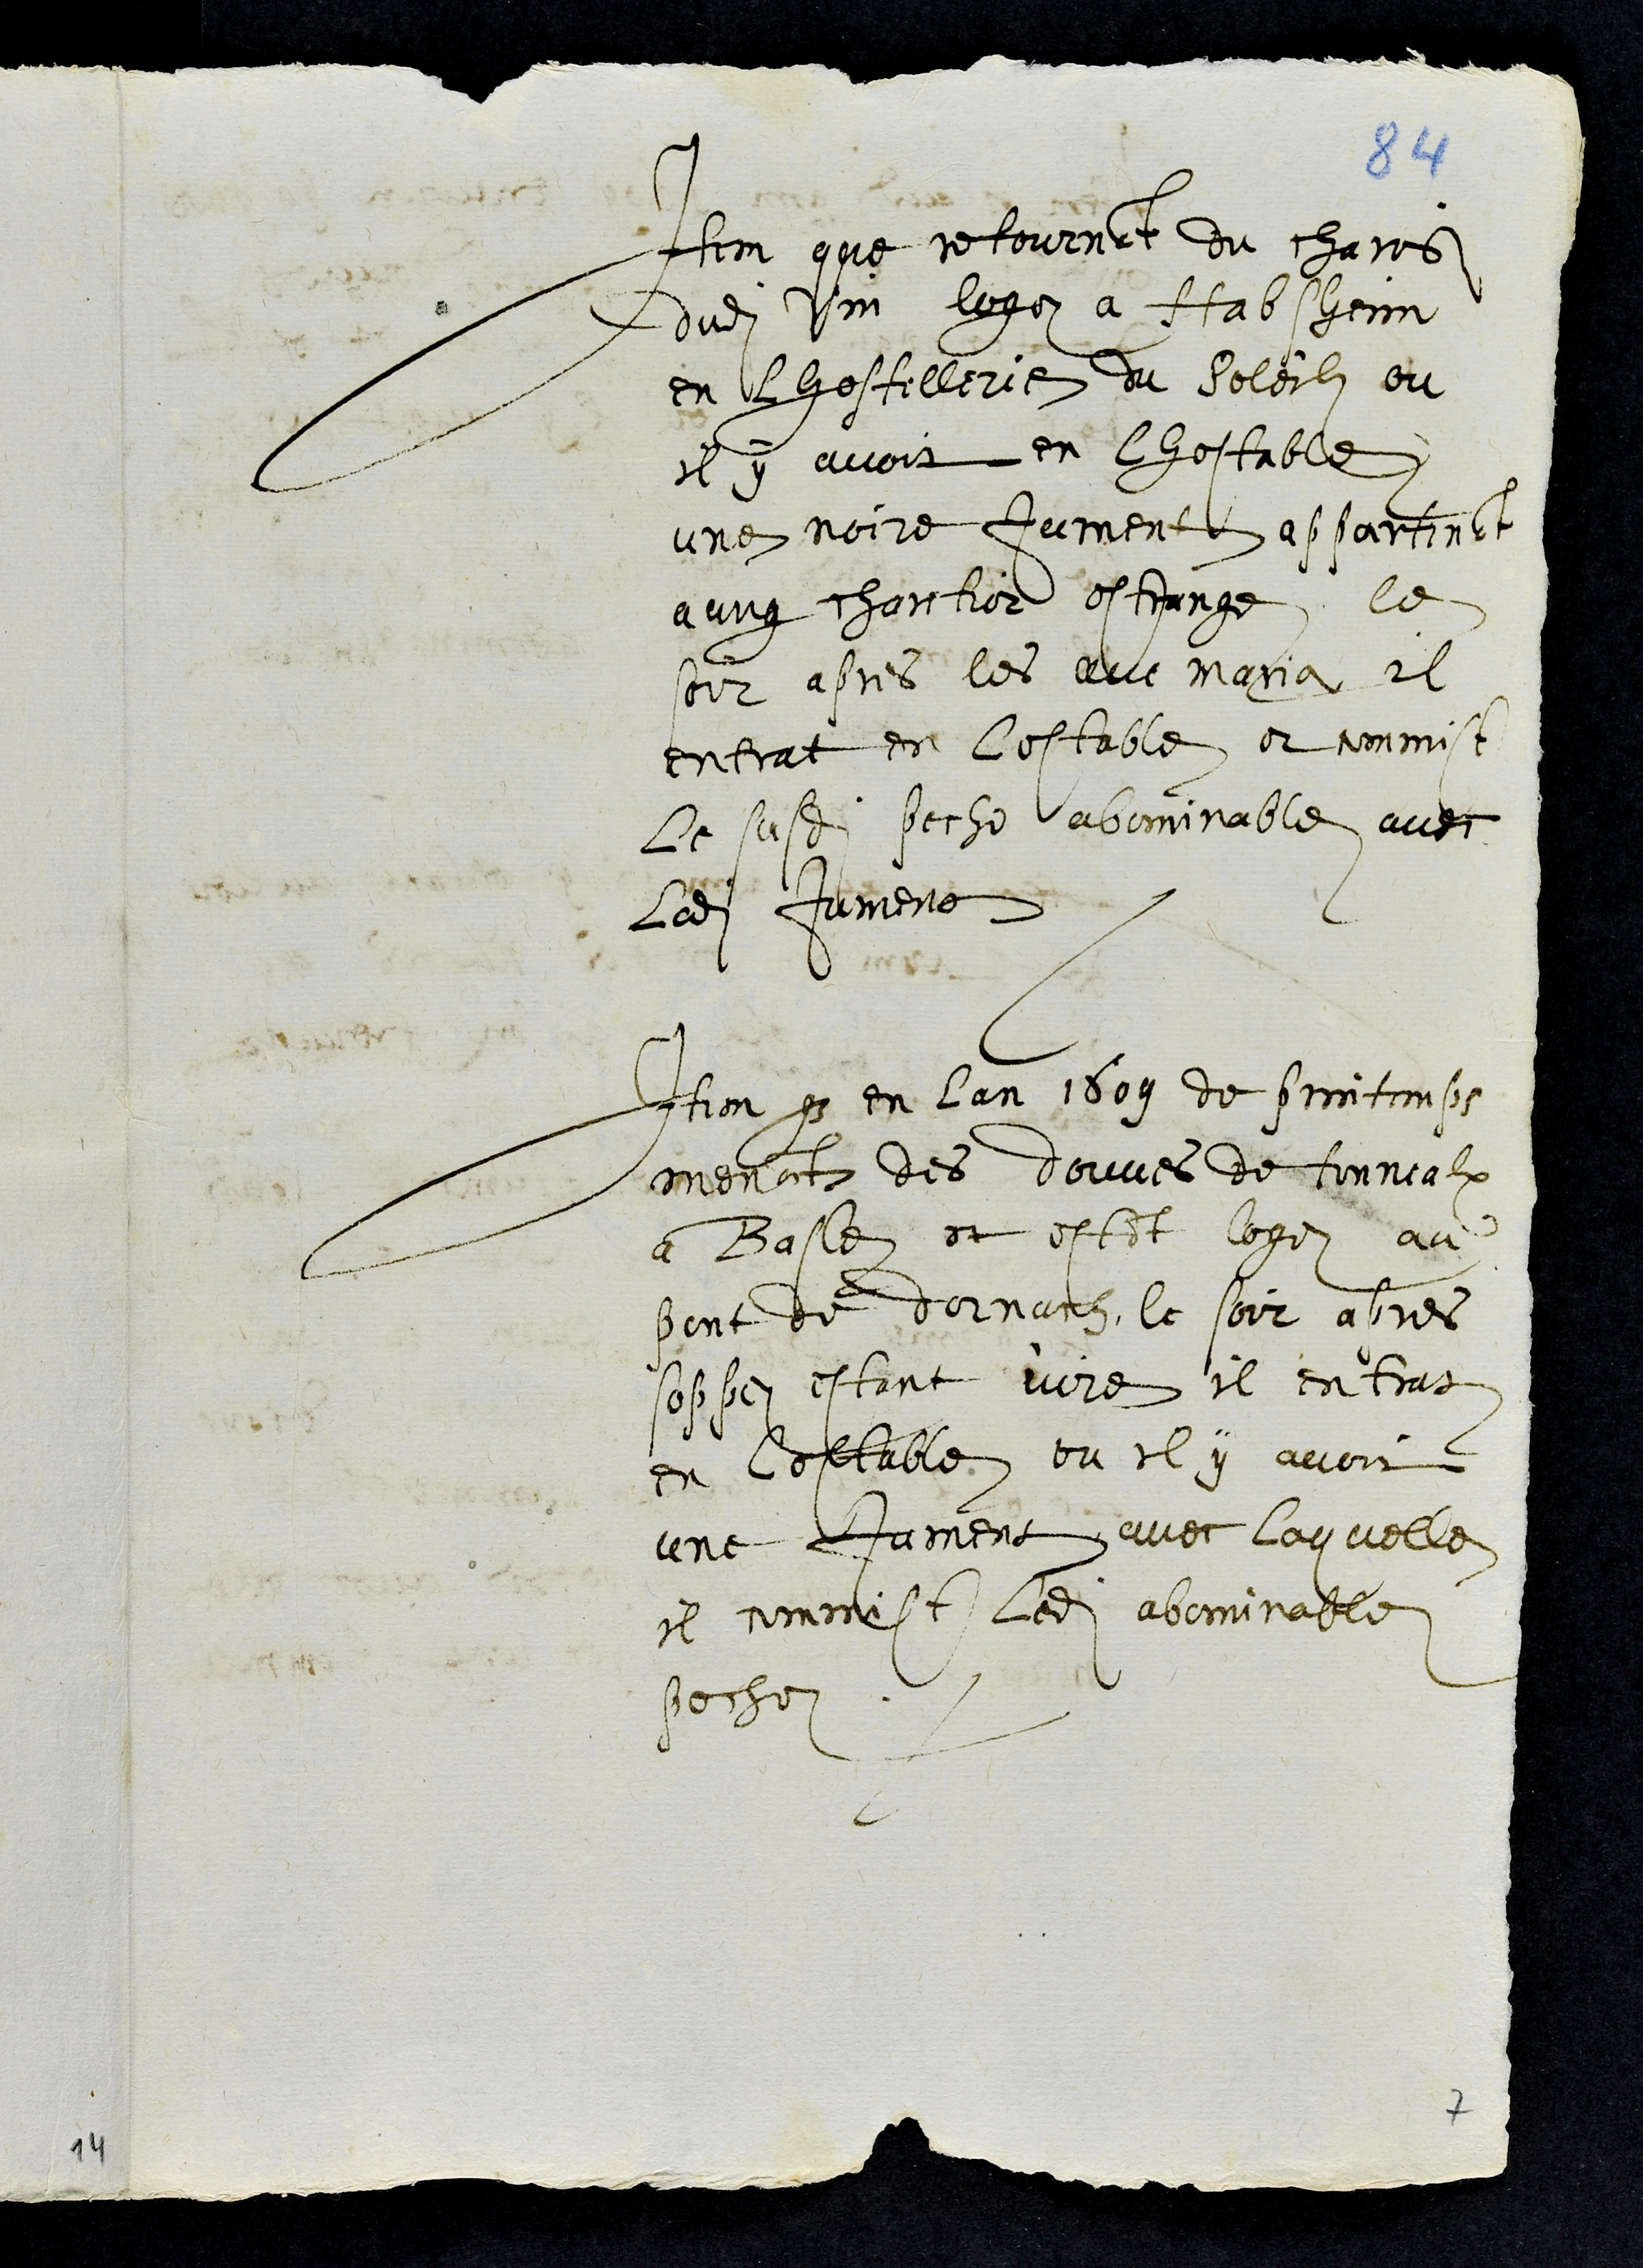
Item que retournant du charois
dudit vin logez a Habsheim
en lhostellerie du Soleil ou
il y avoit en lhestable
une noire jument appartenant
a ung chartier estrange, le
soir apres les ave maria il
entrat en lestable et commist
le susdit peche abominable avec
ladite Jument
Item que en lan 1609 de printemps
menant des douves de tonnealx
a Basle et estant logez au
pont de dornach, le soir apres
soppez estant ivre il entrat
en lestable, ou il y avoit
une jument avec laquelle
il commist ledit abominable
pechez
7